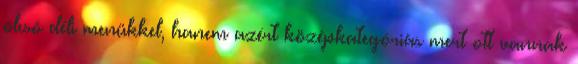
olcsó déli menükkel, hanem azért középkategóriás mert ott vannak